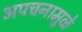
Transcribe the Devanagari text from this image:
अपचनामुळे